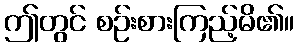
ဤတွင် စဉ်းစားကြည့်မိ၏။